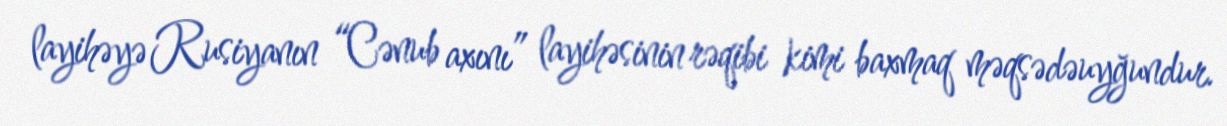
layihəyə Rusiyanın “Cənub axını” layihəsinin rəqibi kimi baxmaq məqsədəuyğundur.